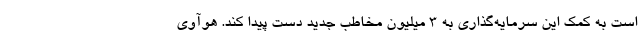
است به کمک این سرمایه‌گذاری به 3 میلیون مخاطب جدید دست پیدا کند. هوآوی